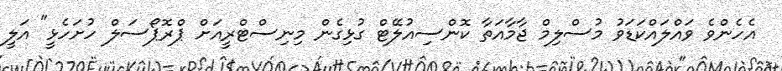
އެހެންވެ ވައްލައްކަޑަވު މުސްލިމް ޖާމާއަތާ ކޮންސިއުލޭޓް ގުޅިގެން މިނިސްޓްރީއަށް ޕްރޮޕޯސަލް ހުށަހެޅީ" އަލީ